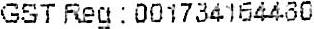
GST REG : 001734164480